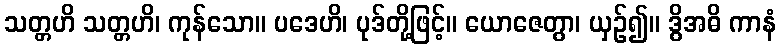
သတ္တဟိ သတ္တဟိ၊ ကုန်သော။ ပဒေဟိ၊ ပုဒ်တို့ဖြင့်။ ယောဇေတွာ၊ ယှဉ်၍။ ဒွိအဓိ ကာနံ